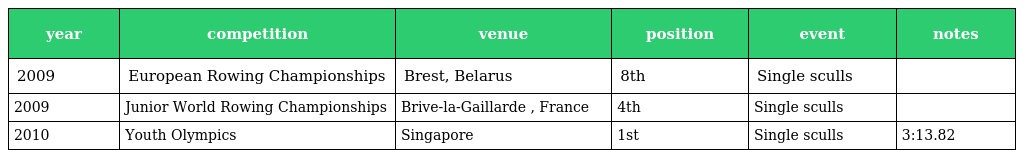
| year | competition | venue | position | event | notes |
 | --- | --- | --- | --- | --- | --- |
 | 2009 | European Rowing Championships | Brest, Belarus | 8th | Single sculls |  |
 | 2009 | Junior World Rowing Championships | Brive-la-Gaillarde , France | 4th | Single sculls |  |
 | 2010 | Youth Olympics | Singapore | 1st | Single sculls | 3:13.82 |